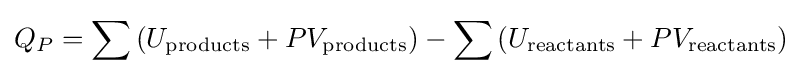
Q_{P}=\sum \left(U_{\text{products}}+PV_{\text{products}}\right)-\sum \left(U_{\text{reactants}}+PV_{\text{reactants}}\right)